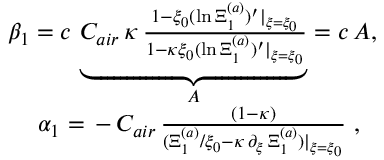
\begin{array} { r } { \beta _ { 1 } = c \, \underbrace { C _ { a i r } \, \kappa \, \frac { 1 - \xi _ { 0 } ( \ln { \Xi _ { 1 } ^ { ( a ) } } ) ^ { \prime } \vert _ { \xi = \xi _ { 0 } } } { 1 - \kappa \xi _ { 0 } ( \ln { \Xi _ { 1 } ^ { ( a ) } } ) ^ { \prime } \vert _ { \xi = \xi _ { 0 } } } } _ { A } = c \, A , } \\ { \alpha _ { 1 } = \, - \, C _ { a i r } \, \frac { ( 1 - \kappa ) } { ( \Xi _ { 1 } ^ { ( a ) } / \xi _ { 0 } - \kappa \, \partial _ { \xi } \, \Xi _ { 1 } ^ { ( a ) } ) \vert _ { \xi = \xi _ { 0 } } } \ , \ \ } \end{array}